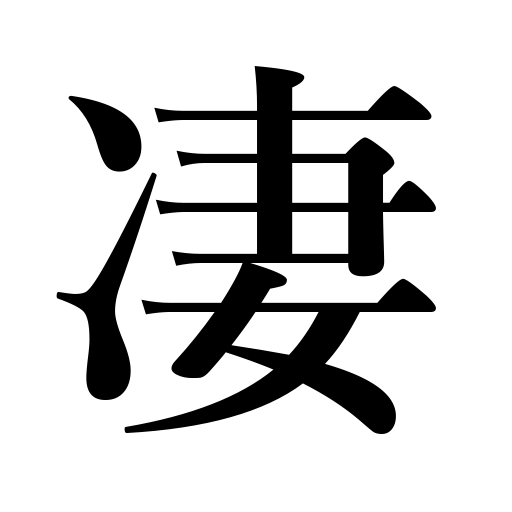
Meanings: threaten